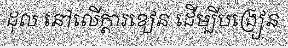
ដុល នៅលើក្តារខៀន ដើម្បីបង្រៀន